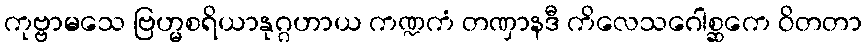
ကုဗ္ဗာမသေ ဗြဟ္မစရိယာနုဂ္ဂဟာယ ကဏ္ဍကံ တဏှာနဒီ ကိလေသဂေါစ္ဆကေ ဝိတတာ